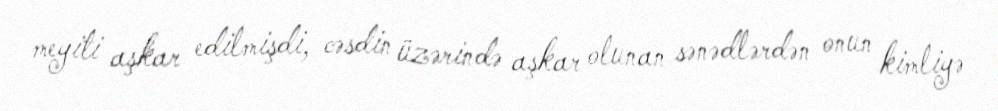
meyiti aşkar edilmişdi, cəsdin üzərində aşkar olunan sənədlərdən onun kimliyə